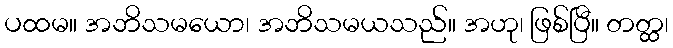
ပထမ။ အဘိသမယော၊ အဘိသမယသည်။ အဟု၊ ဖြစ်ပြီ။ တတ္ထ၊